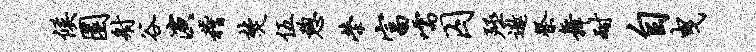
候圜射谷演稽焚伍憩荣富嚅囚殛遨祭舞耐自曳